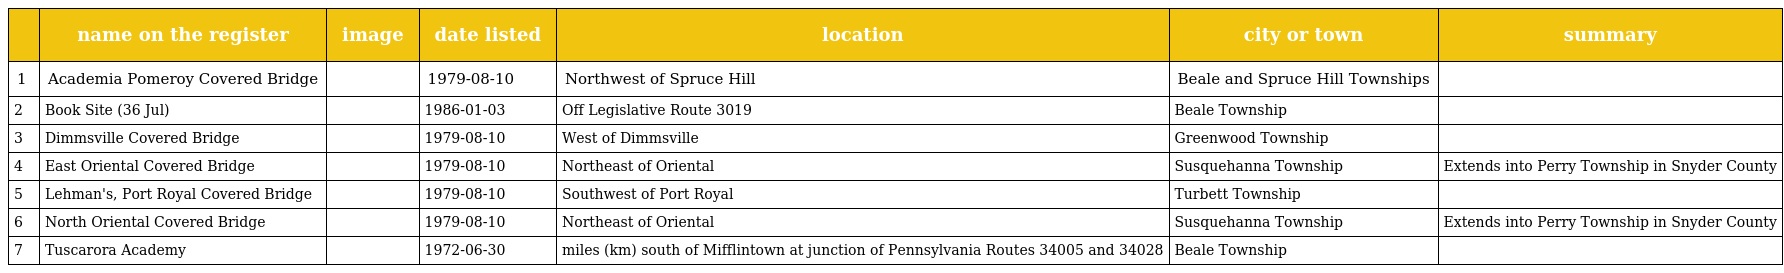
|  | name on the register | image | date listed | location | city or town | summary |
 | --- | --- | --- | --- | --- | --- | --- |
 | 1 | Academia Pomeroy Covered Bridge |  | 1979-08-10 | Northwest of Spruce Hill | Beale and Spruce Hill Townships |  |
 | 2 | Book Site (36 Jul) |  | 1986-01-03 | Off Legislative Route 3019 | Beale Township |  |
 | 3 | Dimmsville Covered Bridge |  | 1979-08-10 | West of Dimmsville | Greenwood Township |  |
 | 4 | East Oriental Covered Bridge |  | 1979-08-10 | Northeast of Oriental | Susquehanna Township | Extends into Perry Township in Snyder County |
 | 5 | Lehman's, Port Royal Covered Bridge |  | 1979-08-10 | Southwest of Port Royal | Turbett Township |  |
 | 6 | North Oriental Covered Bridge |  | 1979-08-10 | Northeast of Oriental | Susquehanna Township | Extends into Perry Township in Snyder County |
 | 7 | Tuscarora Academy |  | 1972-06-30 | miles (km) south of Mifflintown at junction of Pennsylvania Routes 34005 and 34028 | Beale Township |  |